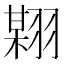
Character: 𱻟